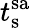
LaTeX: t_{\mathrm{s}}^{\mathrm{sa}}